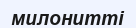
милонитті